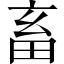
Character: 畜